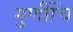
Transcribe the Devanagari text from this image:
गुणींचि